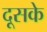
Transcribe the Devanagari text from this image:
दूसके